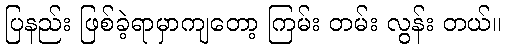
ပြနည်း ဖြစ်ခဲ့ရာမှာကျတော့ ကြမ်း တမ်း လွန်း တယ်။